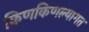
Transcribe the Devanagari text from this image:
किणकिणल्यागत